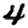
Digit: 4